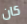
كان